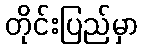
တိုင်းပြည်မှာ